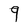
Character: 9